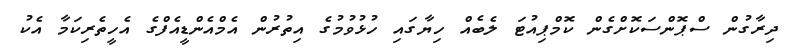
ދިރާގުން ސްޕޮންސަކޮށްގެން ކޮމްޕިއުޓަ ލެބެއް ހިޔާގައި ހުޅުވުމުގެ އިތުރުން އެމްއެންޑީއެފްގެ އެހީތެރިކަމާ އެކު